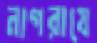
নাগরাযে